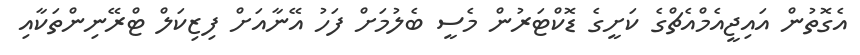
އެގޮތުން އައިޖީއެމްއެޗްގެ ކަށީގެ ޑޮކްޓަރުން މެސީ ބެލުމަށް ފަހު އޭނާއަށް ފިޒިކަލް ޓްރޭނިންތަކާއި